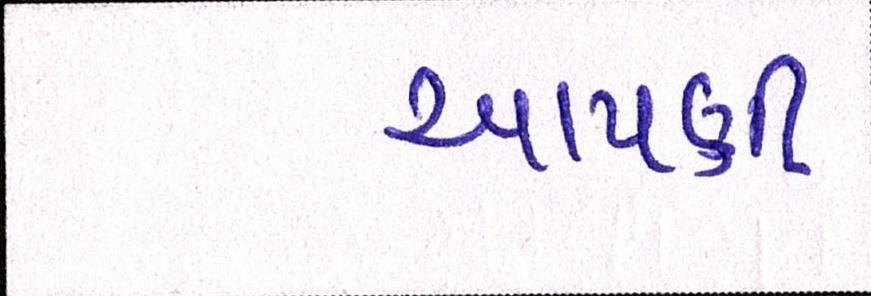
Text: આપણી